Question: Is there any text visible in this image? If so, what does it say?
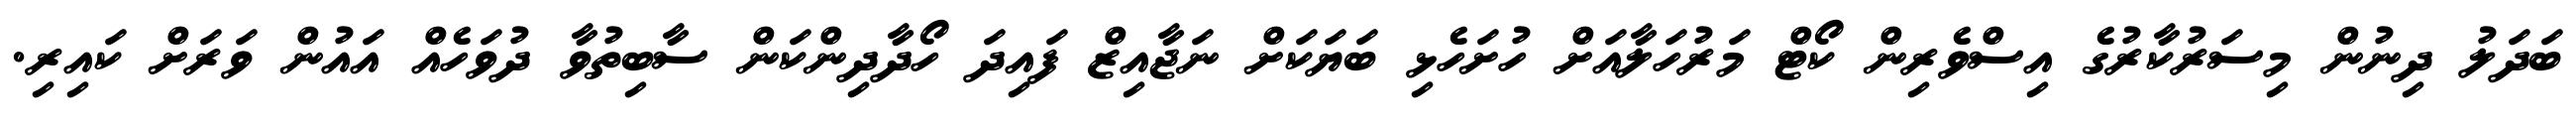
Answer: ބަދަލު ދިނުން މިސަރުކާރުގެ އިސްވެރިން ކޯޓް މަރުހަލާއަށް ހުށަހެޅި ބަޔަކަށް ނަޖާއިޒް ފައިދަ ހޯދާދިންކަން ސާބިތުވާ ދުވަހެއް އައުން ވަރަށް ކައިރި.